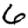
Digit: 6